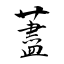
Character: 藎